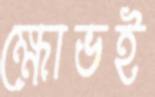
ক্ষোভই